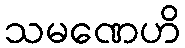
သမဏေဟိ